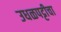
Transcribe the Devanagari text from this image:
उधळपट्टीचा